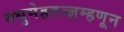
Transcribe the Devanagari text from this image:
मधुमेहतज्ज्ञम्हणून